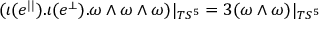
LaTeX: ( \iota ( e ^ { | | } ) . \iota ( e ^ { \perp } ) . \omega \wedge \omega \wedge \omega ) | _ { T S ^ { 5 } } = 3 ( \omega \wedge \omega ) | _ { T S ^ { 5 } }